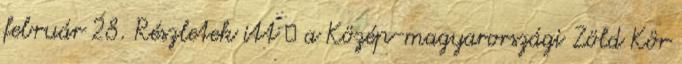
február 28. Részletek itt → a Közép-magyarországi Zöld Kör